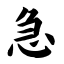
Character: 急